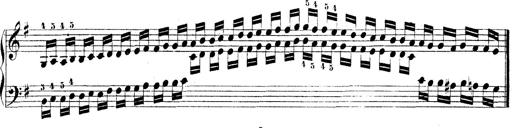
Title: Technische Studien
Composer: Franz Liszt